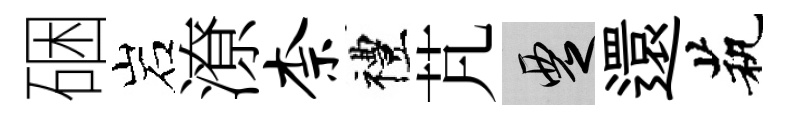
硱岩潦柰禮芃覂還茕